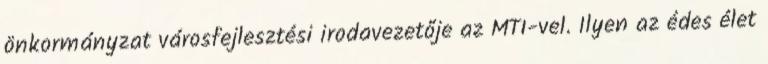
önkormányzat városfejlesztési irodavezetője az MTI-vel. Ilyen az édes élet